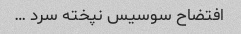
افتضاح سوسیس نپخته سرد …